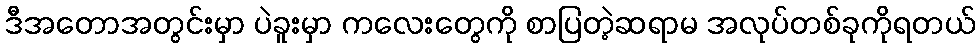
ဒီအတောအတွင်းမှာ ပဲခူးမှာ ကလေးတွေကို စာပြတဲ့ဆရာမ အလုပ်တစ်ခုကိုရတယ်